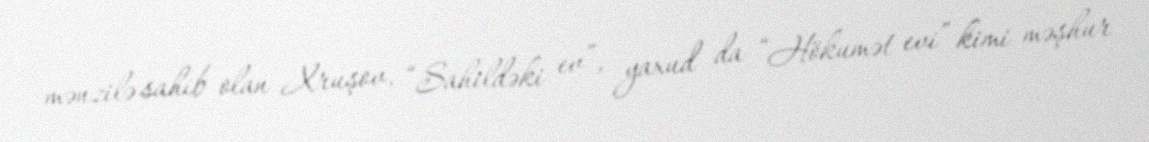
mənzilə sahib olan Xruşov, “Sahildəki ev”, yaxud da “Hökumət evi” kimi məşhur